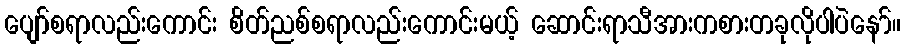
ပျော်စရာလည်းကောင်း စိတ်ညစ်စရာလည်းကောင်းမယ့် ဆောင်းရာသီအားကစားတခုလိုပါပဲနော်။